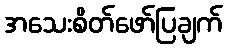
အသေးစိတ်ဖော်ပြချက်